Plague in India, 1896, 1897 - Volume 1
Year: 1896
Disease focus: Plague
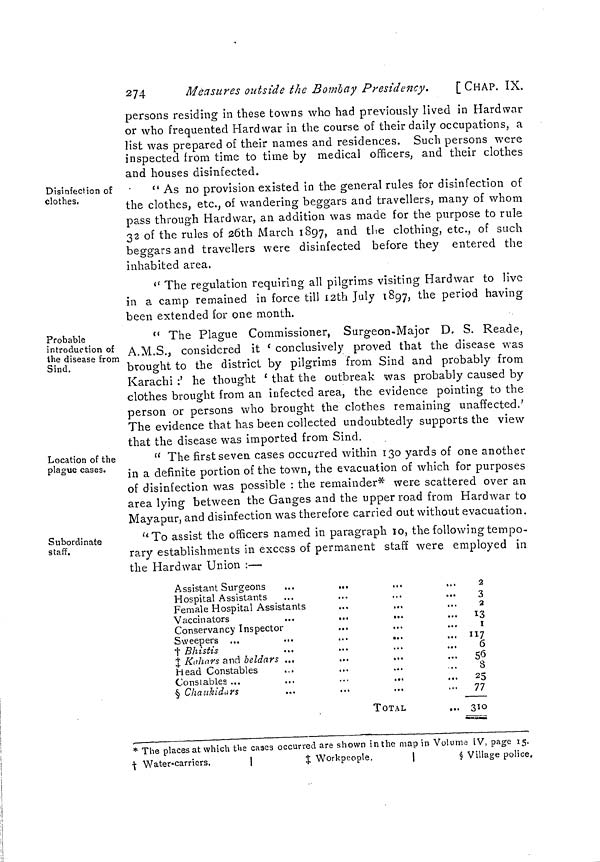
274
Measures outside the Bombay Presidency.
[CHAP. IX.
persons residing in these towns who had previously lived in Hardwar
or who frequented Hardwar in the course of their daily occupations, a
list was prepared of their names and residences. Such persons were
inspected from time to time by medical officers, and their clothes
and houses disinfected.
Disinfection of
clothes.
" As no provision existed in the general rules for disinfection of
the clothes, etc., of wandering beggars and travellers, many of whom
pass through Hardwar, an addition was made for the purpose to rule
32 of the rules of 26th March 1897, and the clothing, etc., of such
beggars and travellers were disinfected before they entered the
inhabited area.
" The regulation requiring all pilgrims visiting Hardwar to live
in a camp remained in force till 12th July 1897, the period having
been extended for one month.
Probable
introduction of
the disease from
Sind.
" The Plague Commissioner, Surgeon-Major D. S. Reade,
A.M.S., considered it 'conclusively proved that the disease was
brought to the district by pilgrims from Sind and probably from
Karachi :' he thought 'that the outbreak was probably caused by
clothes brought from an infected area, the evidence pointing to the
person or persons who brought the clothes remaining unaffected.'
The evidence that has been collected undoubtedly supports the view
that the disease was imported from Sind.
Location of the
plague cases.
" The first seven cases occurred within 130 yards of one another
in a definite portion of the town, the evacuation of which for purposes
of disinfection was possible : the remainder* were scattered over an
area lying between the Ganges and the upper road from Hardwar to
Mayapur, and disinfection was therefore carried out without evacuation.
Subordinate
staff.
"To assist the officers named in paragraph 10, the following tempo-
rary establishments in excess of permanent staff were employed in
the Hardwar Union :—
Assistant Surgeons
Hospital Assistants
Female Hospital Assistants
Vaccinators
Conservancy Inspector
Sweepers
† Bhistis
‡ Kahars and beldars
Head Constables
Constables ...
§ Chaukidars
TOTAL
2
3
2
13
1
117
6
56
8
25
77
310
* The places at which the cases occurred are shown in the map in Volume IV, page 15.
† Water-carriers.
‡ Workpeople,
§ Village police.